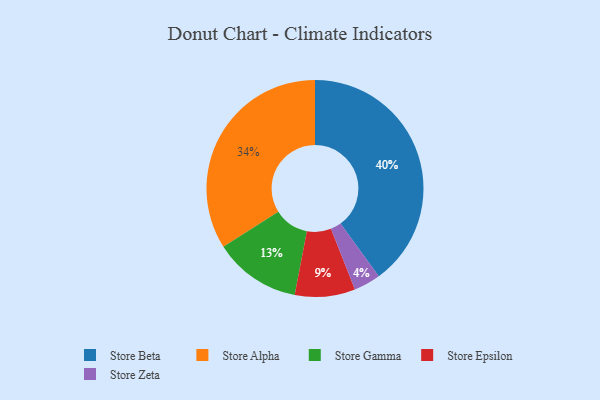
{"axis": {"x": "Category", "y": "Percentage"}, "legend": ["Store Alpha", "Store Beta", "Store Epsilon", "Store Gamma", "Store Zeta"], "data": [{"x": "Store Beta", "y": 40, "type": "Store Beta"}, {"x": "Store Epsilon", "y": 9, "type": "Store Epsilon"}, {"x": "Store Zeta", "y": 4, "type": "Store Zeta"}, {"x": "Store Alpha", "y": 34, "type": "Store Alpha"}, {"x": "Store Gamma", "y": 13, "type": "Store Gamma"}]}